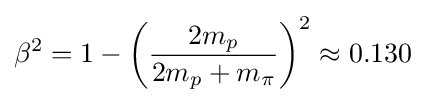
\beta ^{2}=1-\left({\frac {2m_{p}}{2m_{p}+m_{\pi }}}\right)^{2}\approx 0.130